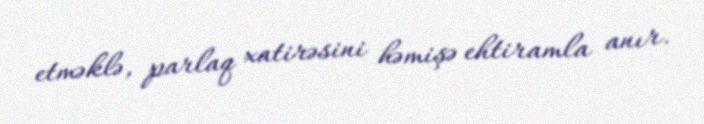
etməklə, parlaq xatirəsini həmişə ehtiramla anır.